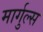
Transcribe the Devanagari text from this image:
मार्गुल्स